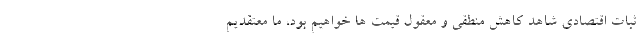
ثبات اقتصادی شاهد کاهش منطقی و معقول قیمت ها خواهیم بود، ما معتقدیم